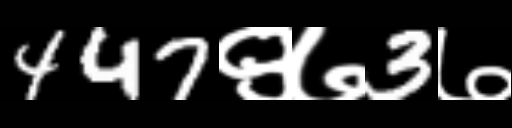
Text: 447९७3७